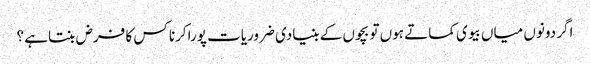
اگر دونوں میاں بیوی کماتے ہوں تو بچوں کے بنیادی ضروریات پوراکرنا کس کا فرض بنتاہے ؟